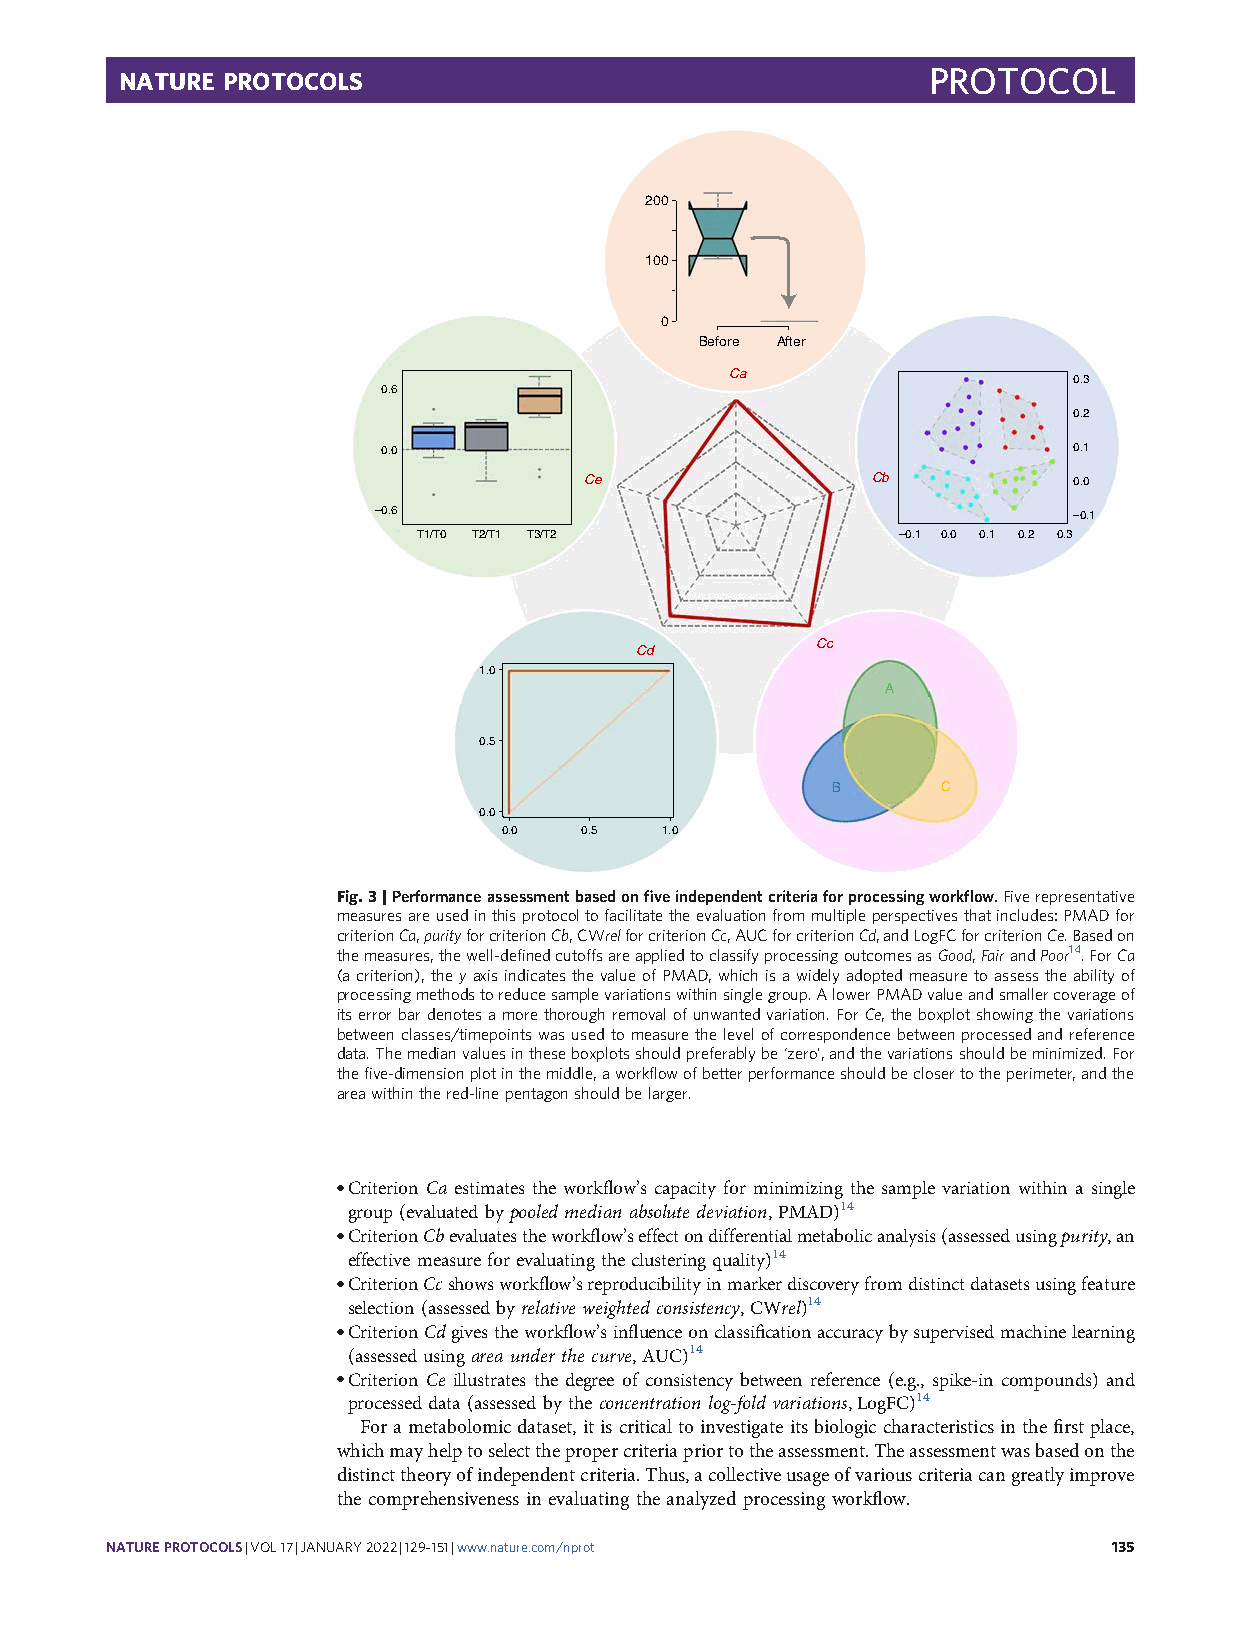
PROTOCOL
 NATURE PROTOCOLS
 200
 100
 0
 Before After
 Ca                     0.3
 0.6
 0.2
 0.0                                           0.1
 Ce                 Cb           0.0
 –0.6                                          –0.1
 T1/T0 T2/T1 T3/T2              –0.1 0.0 0.1 0.2 0.3
 Cc
 Cd
 1.0
 A
 0.5
 B      C
 0.0
 0.0  0.5   1.0
 Fig.3|Performanceassessmentbasedonfiveindependentcriteriaforprocessingworkflow.Fiverepresentative
 measuresareusedinthisprotocoltofacilitatetheevaluationfrommultipleperspectivesthatincludes:PMADfor
 criterionCa,purityforcriterionCb,CWrelforcriterionCc,AUCforcriterionCd,andLogFCforcriterionCe.Basedon
 themeasures,thewell-definedcutoffsareappliedtoclassifyprocessingoutcomesasGood,FairandPoor14.ForCa
 (acriterion),theyaxisindicatesthevalueofPMAD,whichisawidelyadoptedmeasuretoassesstheabilityof
 processingmethodstoreducesamplevariationswithinsinglegroup.AlowerPMADvalueandsmallercoverageof
 itserrorbardenotesamorethoroughremovalofunwantedvariation.ForCe,theboxplotshowingthevariations
 betweenclasses/timepointswasusedtomeasurethelevelofcorrespondencebetweenprocessedandreference
 data.Themedianvaluesintheseboxplotsshouldpreferablybe‘zero’,andthevariationsshouldbeminimized.For
 thefive-dimensionplotinthemiddle,aworkflowofbetterperformanceshouldbeclosertotheperimeter,andthe
 areawithinthered-linepentagonshouldbelarger.
 ●Criterion Ca estimates the workflow’s capacity for minimizing the sample variation within a single
 group (evaluated by pooled median absolute deviation, PMAD)14
 ●CriterionCbevaluatestheworkflow’seffectondifferentialmetabolicanalysis(assessedusingpurity,an
 effective measure for evaluating the clustering quality)14
 ●CriterionCcshowsworkflow’sreproducibilityinmarkerdiscoveryfromdistinctdatasetsusingfeature
 selection (assessed by relative weighted consistency, CWrel)14
 ●CriterionCdgivestheworkflow’sinfluenceonclassificationaccuracybysupervisedmachinelearning
 (assessed using area under the curve, AUC)14
 ●Criterion Ce illustrates the degree of consistency between reference (e.g., spike-in compounds) and
 processed data (assessed by the concentration log-fold variations, LogFC)14
 For ametabolomicdataset,itiscriticaltoinvestigate itsbiologiccharacteristics inthefirstplace,
 whichmayhelptoselectthepropercriteriapriortotheassessment.Theassessmentwasbasedonthe
 distincttheoryofindependentcriteria.Thus,acollectiveusageofvariouscriteriacangreatlyimprove
 the comprehensiveness in evaluating the analyzed processing workflow.
 NATUREPROTOCOLS|VOL17|JANUARY2022|129–151|www.nature.com/nprot     135